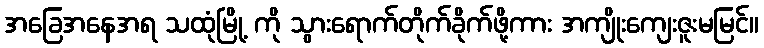
အခြေအနေအရ သထုံမြို့ ကို သွားရောက်တိုက်ခိုက်ဖို့ကား အကျိုးကျေးဇူးမမြင်။